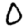
Digit: 0